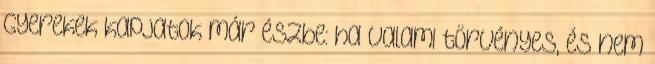
Gyerekek kapjatok már észbe: ha valami törvényes, és nem